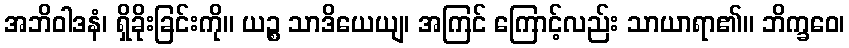
အဘိဝါဒနံ၊ ရှိခိုးခြင်းကို။ ယဉ္စ သာဒိယေယျ၊ အကြင် ကြောင့်လည်း သာယာရာ၏။ ဘိက္ခဝေ၊